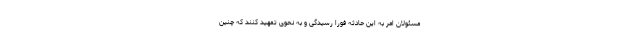
مسئولان امر به این حادثه فوراً رسیدگی و به نحوی تمهید کنند که چنین